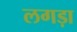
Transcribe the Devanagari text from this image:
लगड़ा